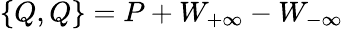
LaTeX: \{ Q,Q\} =P+W_{+\infty}-W_{-\infty}